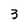
Character: 3